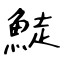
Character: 鯐